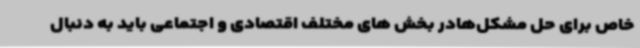
خاص برای حل مشکل‌هادر بخش های مختلف اقتصادی و اجتماعی باید به دنبال